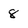
Character: 8